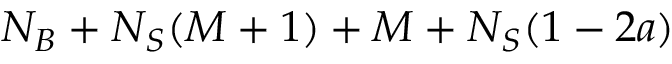
N _ { B } + N _ { S } ( M + 1 ) + M + N _ { S } ( 1 - 2 a )